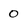
Character: 0